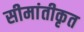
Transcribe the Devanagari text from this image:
सीमांतीकृत